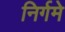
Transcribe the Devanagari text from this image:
निर्गमे